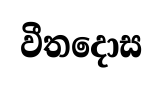
වීතදොස